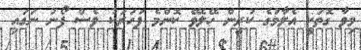
މިވާ ގޮތަކީ އެލާމުގެ ކުރީން ހޭލެވޭ ކޮންމެ ފަހަރަކު ވެސް ފޯނު ނަގައި